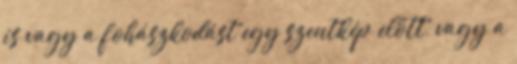
is vagy a fohászkodást egy szentkép előtt, vagy a